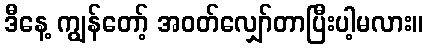
ဒီနေ့ ကျွန်တော့် အဝတ်လျှော်တာပြီးပါ့မလား။